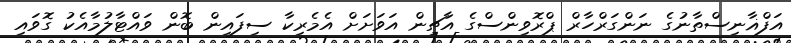
އަފްޣާނިސްތާނުގެ ނަންގަރްހާރް ޕްރޮވިންސްގެ އާޗިން އަވަށަށް އެމެރިކާ ސިފައިން ބޮން ވައްޓާލުމާއެކު ގޮވައި